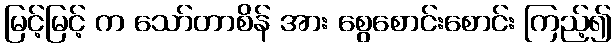
မြင့်မြင့် က သော်တာစိန် အား စွေစောင်းစောင်း ကြည့်၍